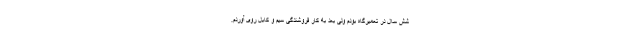
شش سال در تعمیرگاه بودم ولی بعد به کار فروشندگی سیم و کابل روی آوردم.